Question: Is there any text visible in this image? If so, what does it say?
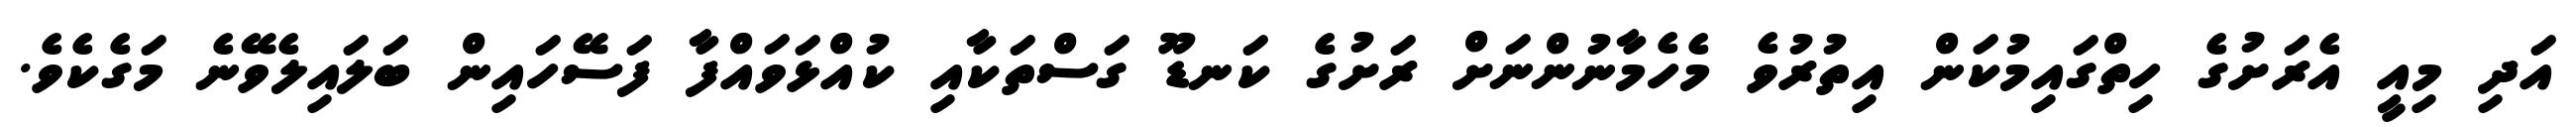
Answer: އަދި މިއީ އެރަށުގެ ހިތްގައިމުކަން އިތުރުވެ މެހެމާނުންނަށް ރަށުގެ ކަނޑޫ ގަސްތަކާއި ކުއްޅަވައްފާ ފަސޭހައިން ބަލައިލެވޭނެ މަގެކެވެ.